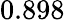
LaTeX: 0.898